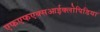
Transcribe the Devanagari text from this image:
एफएफएक्सआईक्लोपिडिया